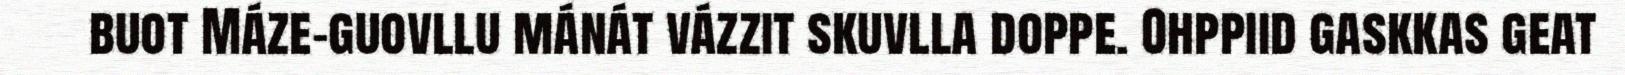
buot Máze-guovllu mánát vázzit skuvlla doppe. Ohppiid gaskkas geat